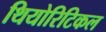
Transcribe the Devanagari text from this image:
थियोरिटिकल